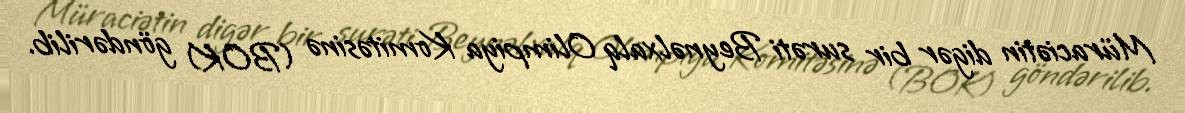
Müraciətin digər bir surəti Beynəlxalq Olimpiya Komitəsinə (BOK) göndərilib.